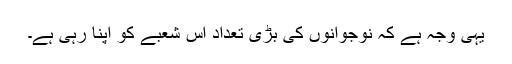
یہی وجہ ہے کہ نوجوانوں کی بڑی تعداد اس شعبے کو اپنا رہی ہے۔